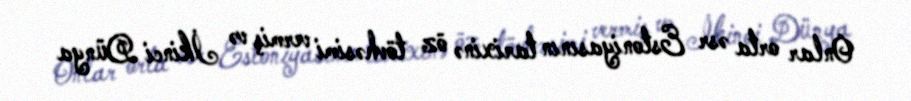
Onlar orta əsr Estoniyasının tarixinə öz tövhəsimi vermiş və İkinci Dünya